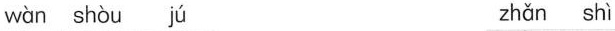
wàn shòu jú zhǎn shì